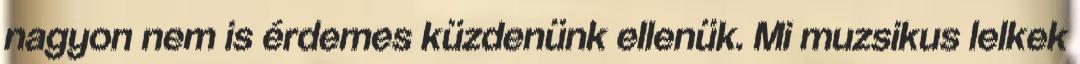
nagyon nem is érdemes küzdenünk ellenük. Mi muzsikus lelkek